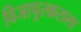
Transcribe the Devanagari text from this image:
विजापूरकराला